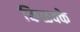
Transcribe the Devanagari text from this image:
किळक्के